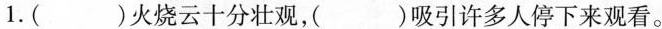
1. ( )火烧云十分壮观，( )吸引许多人停下来观看。